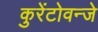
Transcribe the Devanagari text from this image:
कुरेंटोवन्जे